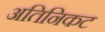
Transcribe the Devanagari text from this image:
अतिनिकट